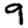
Digit: 9